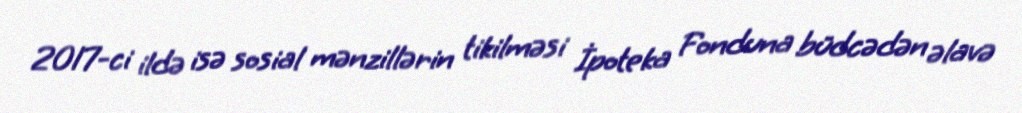
2017-ci ildə isə sosial mənzillərin tikilməsi İpoteka Fonduna büdcədən əlavə